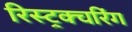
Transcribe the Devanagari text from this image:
रिस्ट्रक्चरिंग